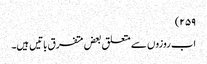
۲۵۹)
اب روزوں سے متعلق بعض متفرق باتیں ہیں۔